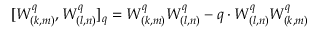
[ W _ { ( k , m ) } ^ { q } , W _ { ( l , n ) } ^ { q } ] _ { q } = W _ { ( k , m ) } ^ { q } W _ { ( l , n ) } ^ { q } - q \cdot W _ { ( l , n ) } ^ { q } W _ { ( k , m ) } ^ { q }